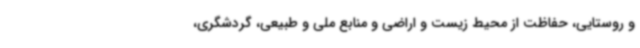
و روستایی، حفاظت از محیط زیست و اراضی و منابع ملی و طبیعی، گردشگری،